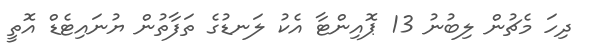
ދިހަ މެޗުން ލިބުނު 13 ޕޮއިންޓާ އެކު ލަނޑުގެ ތަފާތުން ޔުނައިޓެޑް އޮތީ